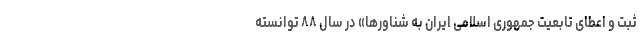
ثبت و اعطای تابعیت جمهوری اسلامی ایران به شناورها» در سال ۸۸ توانسته